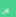
من